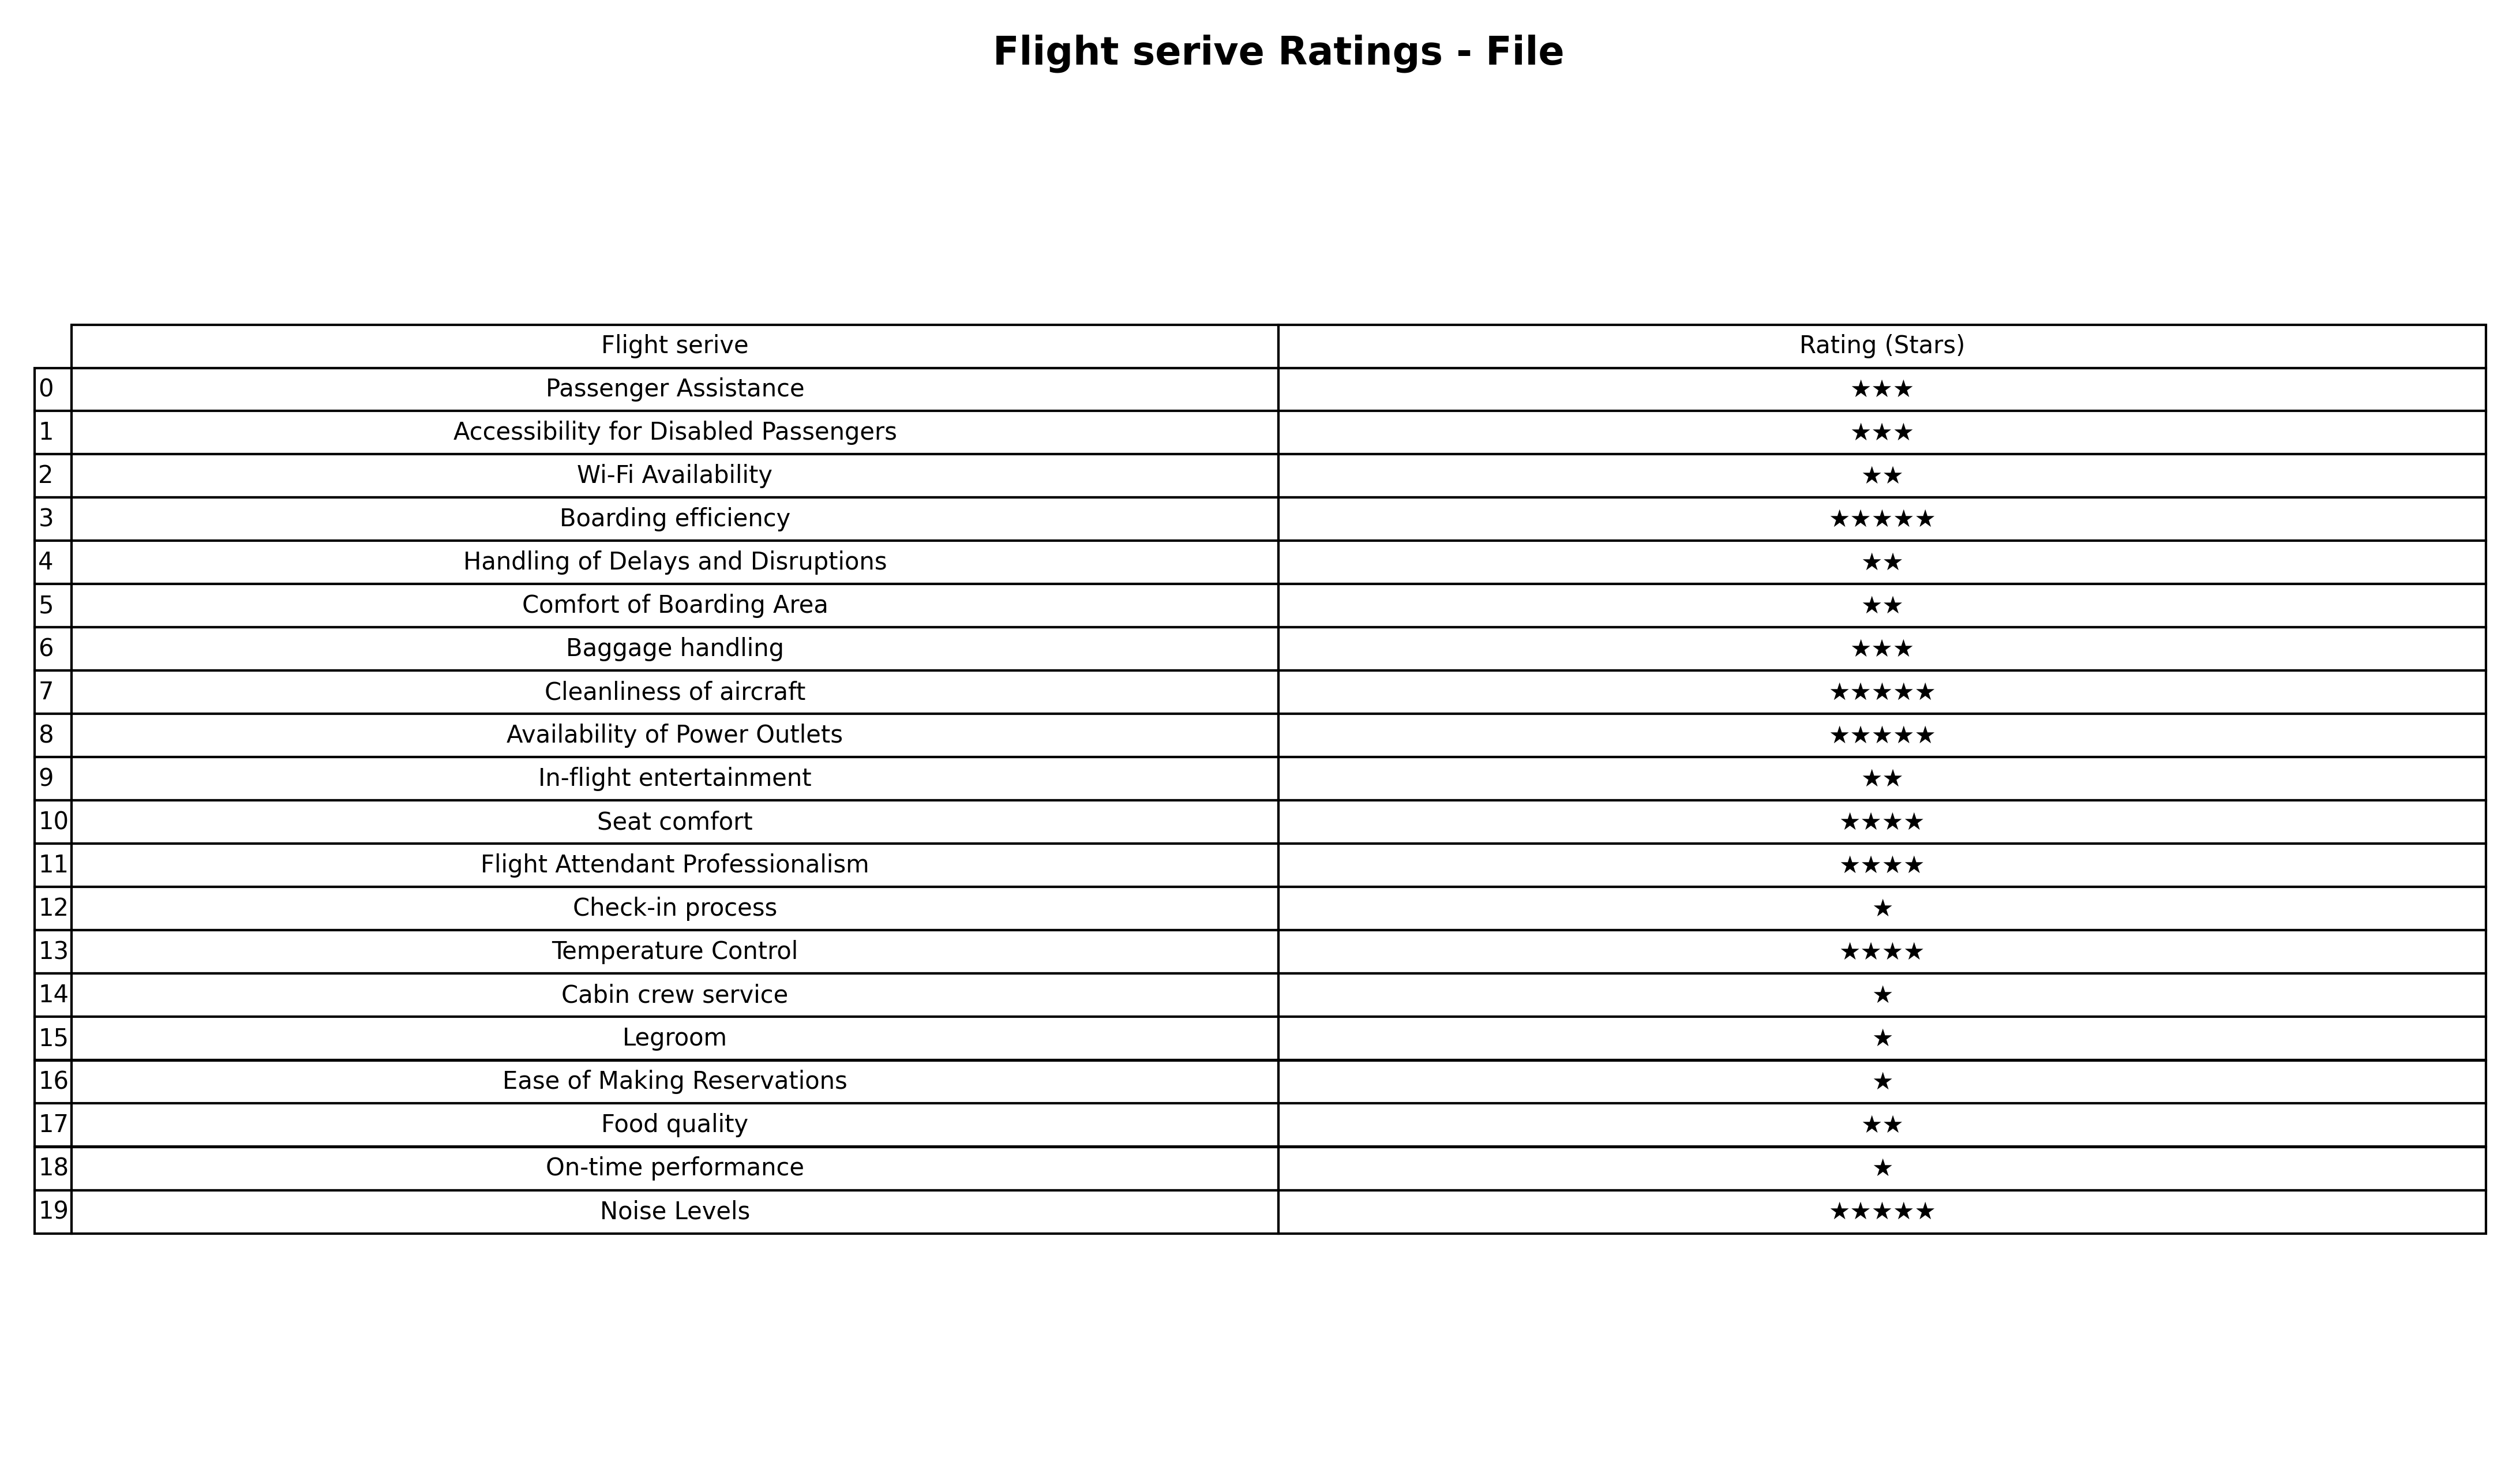
question: What is the rating of Wi-Fi Availability?
answer: ★★